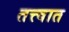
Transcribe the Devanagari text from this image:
तत्त्वात